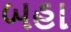
બહા